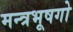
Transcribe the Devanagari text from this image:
मन्त्रभूषगो